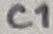
Text: C1